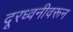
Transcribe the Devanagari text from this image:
दूरध्वनीवरून